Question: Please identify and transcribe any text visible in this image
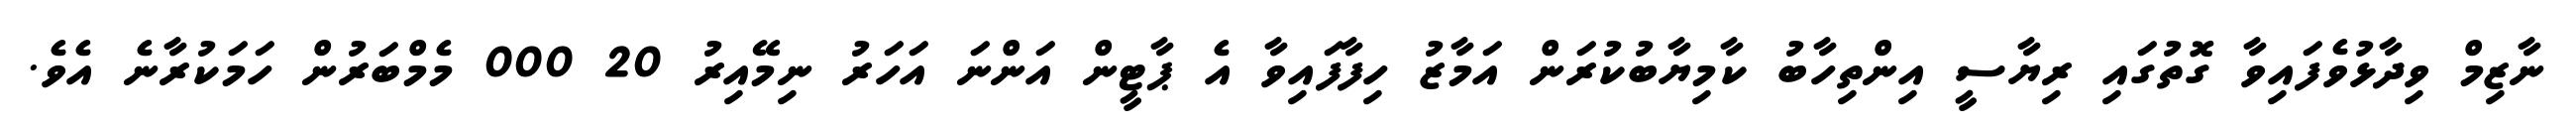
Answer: ނާޒިމް ވިދާޅުވެފައިވާ ގޮތުގައި ރިޔާސީ އިންތިހާބު ކާމިޔާބުކުރަން އަމާޒު ހިފާފައިވާ އެ ޕާޓީން އަންނަ އަހަރު ނިމޭއިރު 20 000 މެމްބަރުން ހަމަކުރާނެ އެވެ.